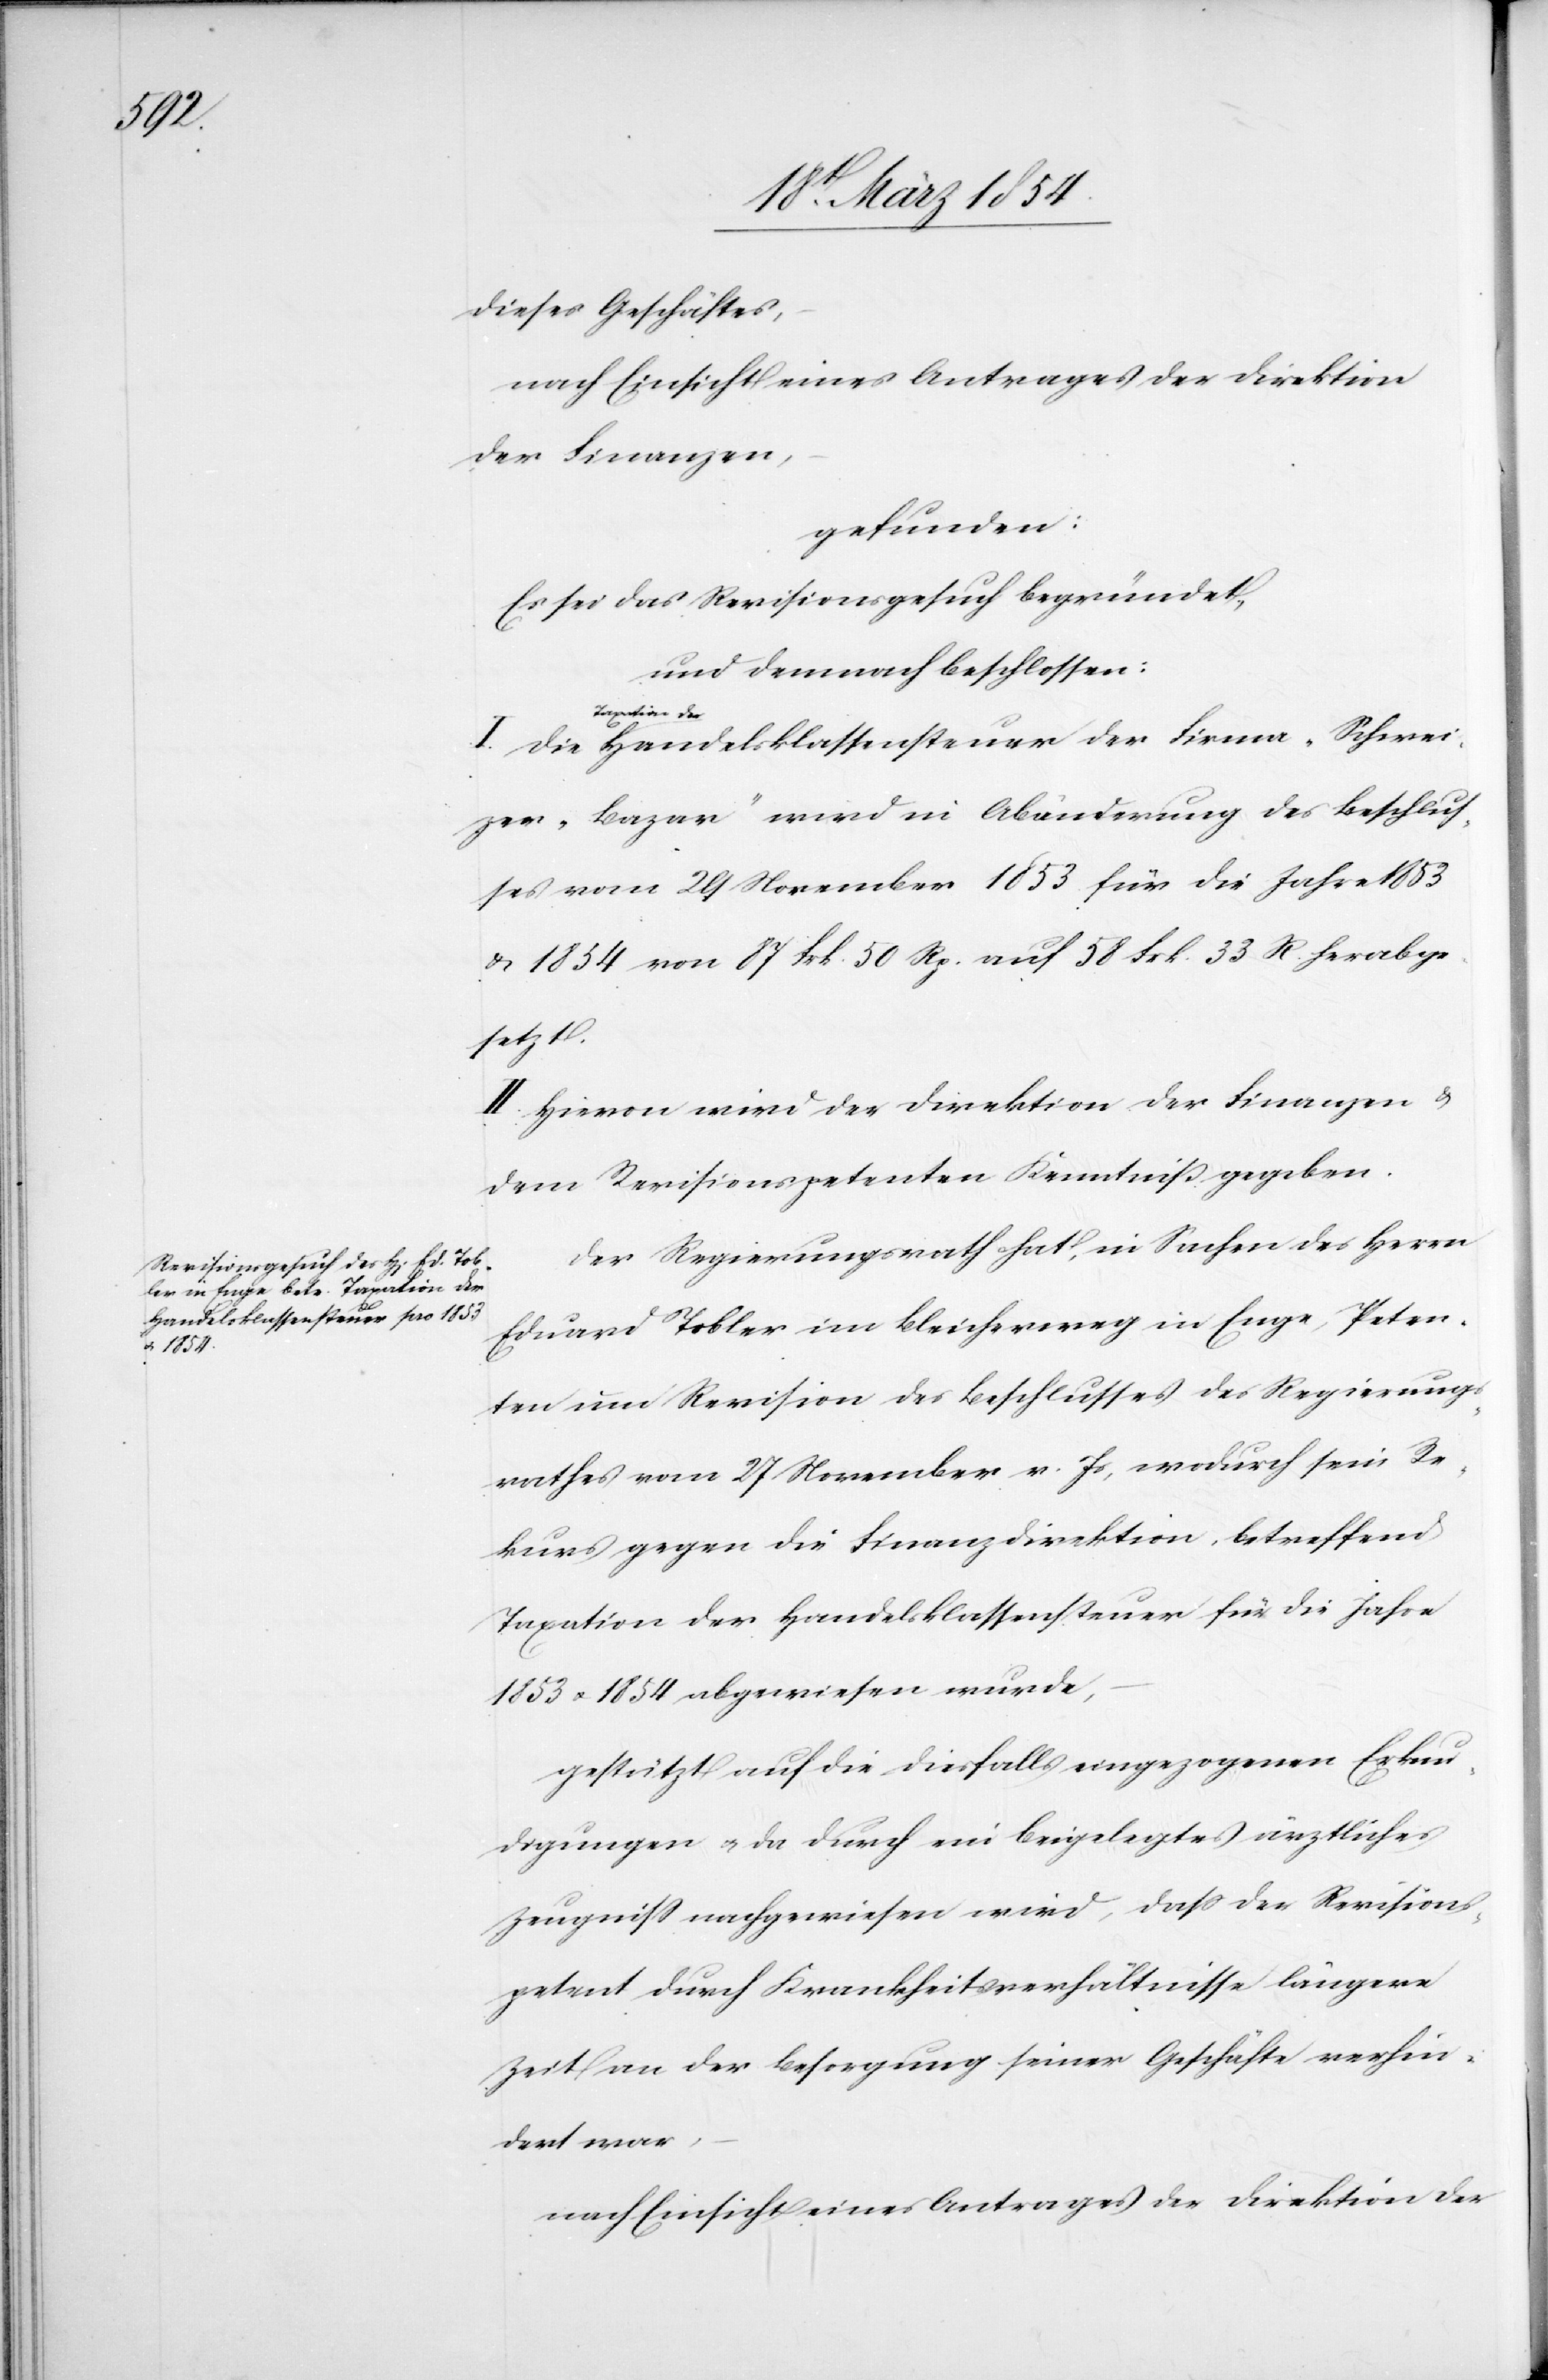
„Schwei¬

Handelsklassensteuer der Firma

dieses Geschäftes,
nach Einsicht eines Antrages der Direktion
der Finanzen,
gefunden:
Es sei das Revisionsgesuch begründet,
und demnach beschlossen:
a-Taxation der-a
zer-Bazar“ wird in Abänderung des Beschlus¬
ses vom 29 November 1853 für die Jahre 1853
u. 1854 von 87 Frk. 50 Rp. auf 58 Frk. 33 R. herabge¬
setzt.
II. Hievon wird der Direktion der Finanzen und
dem Revisionspetenten Kenntniß gegeben.
Der Regierungsrath hat, in Sachen des Herrn
Eduard Tobler im Bleicherweg in Enge, Peten¬
ten um Revision des Beschlusses des Regierungs¬
rathes vom 27 November v. Js, wodurch sein Re¬
kurs gegen die Finanzdirektion, betreffend
Taxation der Handelsklassensteuer für die Jahre
1853 u. 1854 abgewiesen wurde,
gestützt auf die diesfalls eingezogenen Erkun¬
digungen u. da durch ein beigelegtes ärztliches
Zeugniß nachgewiesen wird, daß der Revisions¬
petent durch Krankheitsverhältnisse längere
Zeit an der Besorgung seiner Geschäfte verhin¬
dert war,
nach Einsicht eines Antrages der Direktion der